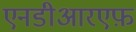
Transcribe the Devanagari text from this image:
एनडीआरएफ़